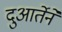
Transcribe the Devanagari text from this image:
दुआर्तेने